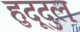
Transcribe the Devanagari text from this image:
हुदूदुल्